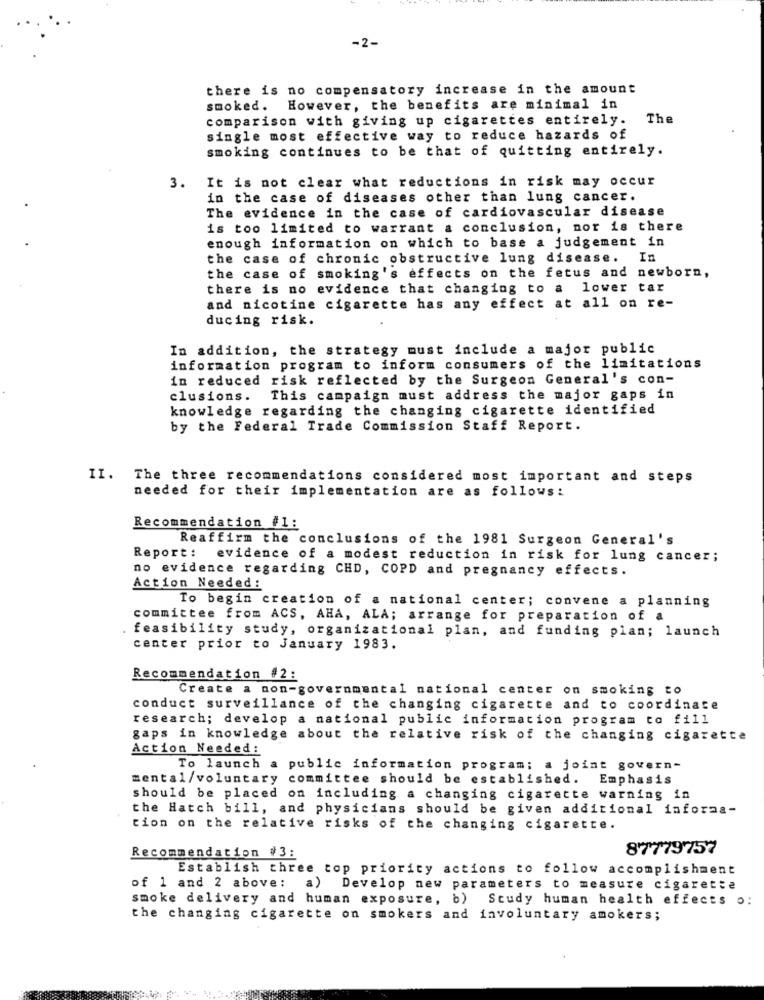
-2-
there is no compensatory increase in the amount
smoked. However, the benefits are minimal in
comparison with giving up cigarettes entirely.
The
single most effective way to reduce hazards of
smoking continues to be that of quitting entirely.
3. It is not clear what reductions in risk may occur
in the case of diseases other than lung cancer.
The evidence in the case of cardiovascular disease
is too limited to warrant a conclusion, nor is there
enough information on which to base a judgement in
the case of chronic obstructive lung disease. In
the case of smoking's effects on the fetus and newborn,
there is no evidence that changing to a lower tar
and nicotine cigarette has any effect at all on re-
ducing risk.
In addition, the strategy must include a major public
information program to inform consumers of the limitations
in reduced risk reflected by the Surgeon General's con-
clusions.
This campaign must address the major gaps in
knowledge regarding the changing cigarette identified
by the Federal Trade Commission Staff Report.
II. The three recommendations considered most important and steps
needed for their implementation are as follows:
Recommendation #1:
Reaffirm the conclusions of the 1981 Surgeon General's
Report:
evidence of a modest reduction in risk for lung cancer;
no evidence regarding CHD, COPD and pregnancy effects.
Action Needed:
To begin creation of a national center; convene a planning
committee from ACS, AHA, ALA; arrange for preparation of a
feasibility study, organizational plan, and funding plan; launch
center prior to January 1983.
Recommendation #2:
Create a non-governmental national center on smoking to
conduct surveillance of the changing cigarette and to coordinate
research; develop
a national public information program to fill
gaps in knowledge about the relative risk of the changing cigarette
Action Needed:
To launch a public information program; a joint govern-
mental/voluntary committee should be established. Emphasis
should be placed on including a changing cigarette warning in
the Hatch bill, and physicians should be given additional informa-
tion on the relative risks of the changing cigarette.
Recommendation #3:
87779757
Establish three top priority actions to follow accomplishment
of 1 and 2 above:
a) Develop new parameters to measure cigarette
smoke delivery and human exposure, b)
Study human health effects o:
the changing cigarette on smokers and involuntary amokers;